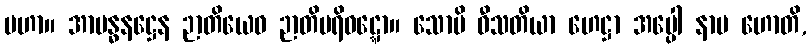
မဟာ။ အာဗန္ဓနဋ္ဌေန ဉာတိယေဝ ဉာတိပရိဝဋ္ဋော။ သောပိ ဝီသတိယာ ဟေဋ္ဌာ အပ္ပေါ နာမ ဟောတိ,